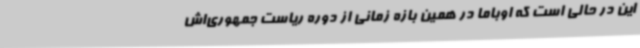
این در حالی است که اوباما در همین بازه زمانی از دوره ریاست جمهوری‌اش